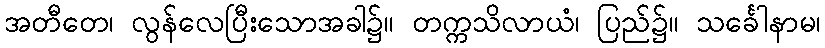
အတီတေ၊ လွန်လေပြီးသောအခါ၌။ တက္ကသိလာယံ၊ ပြည်၌။ သင်္ခေါနာမ၊